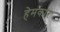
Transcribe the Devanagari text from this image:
हेमकार